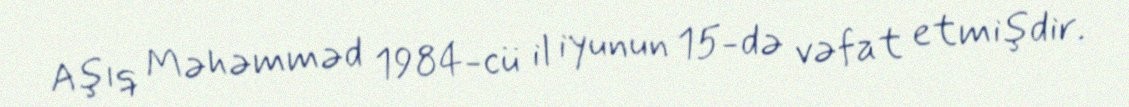
Aşıq Məhəmməd 1984-cü il iyunun 15-də vəfat etmişdir.